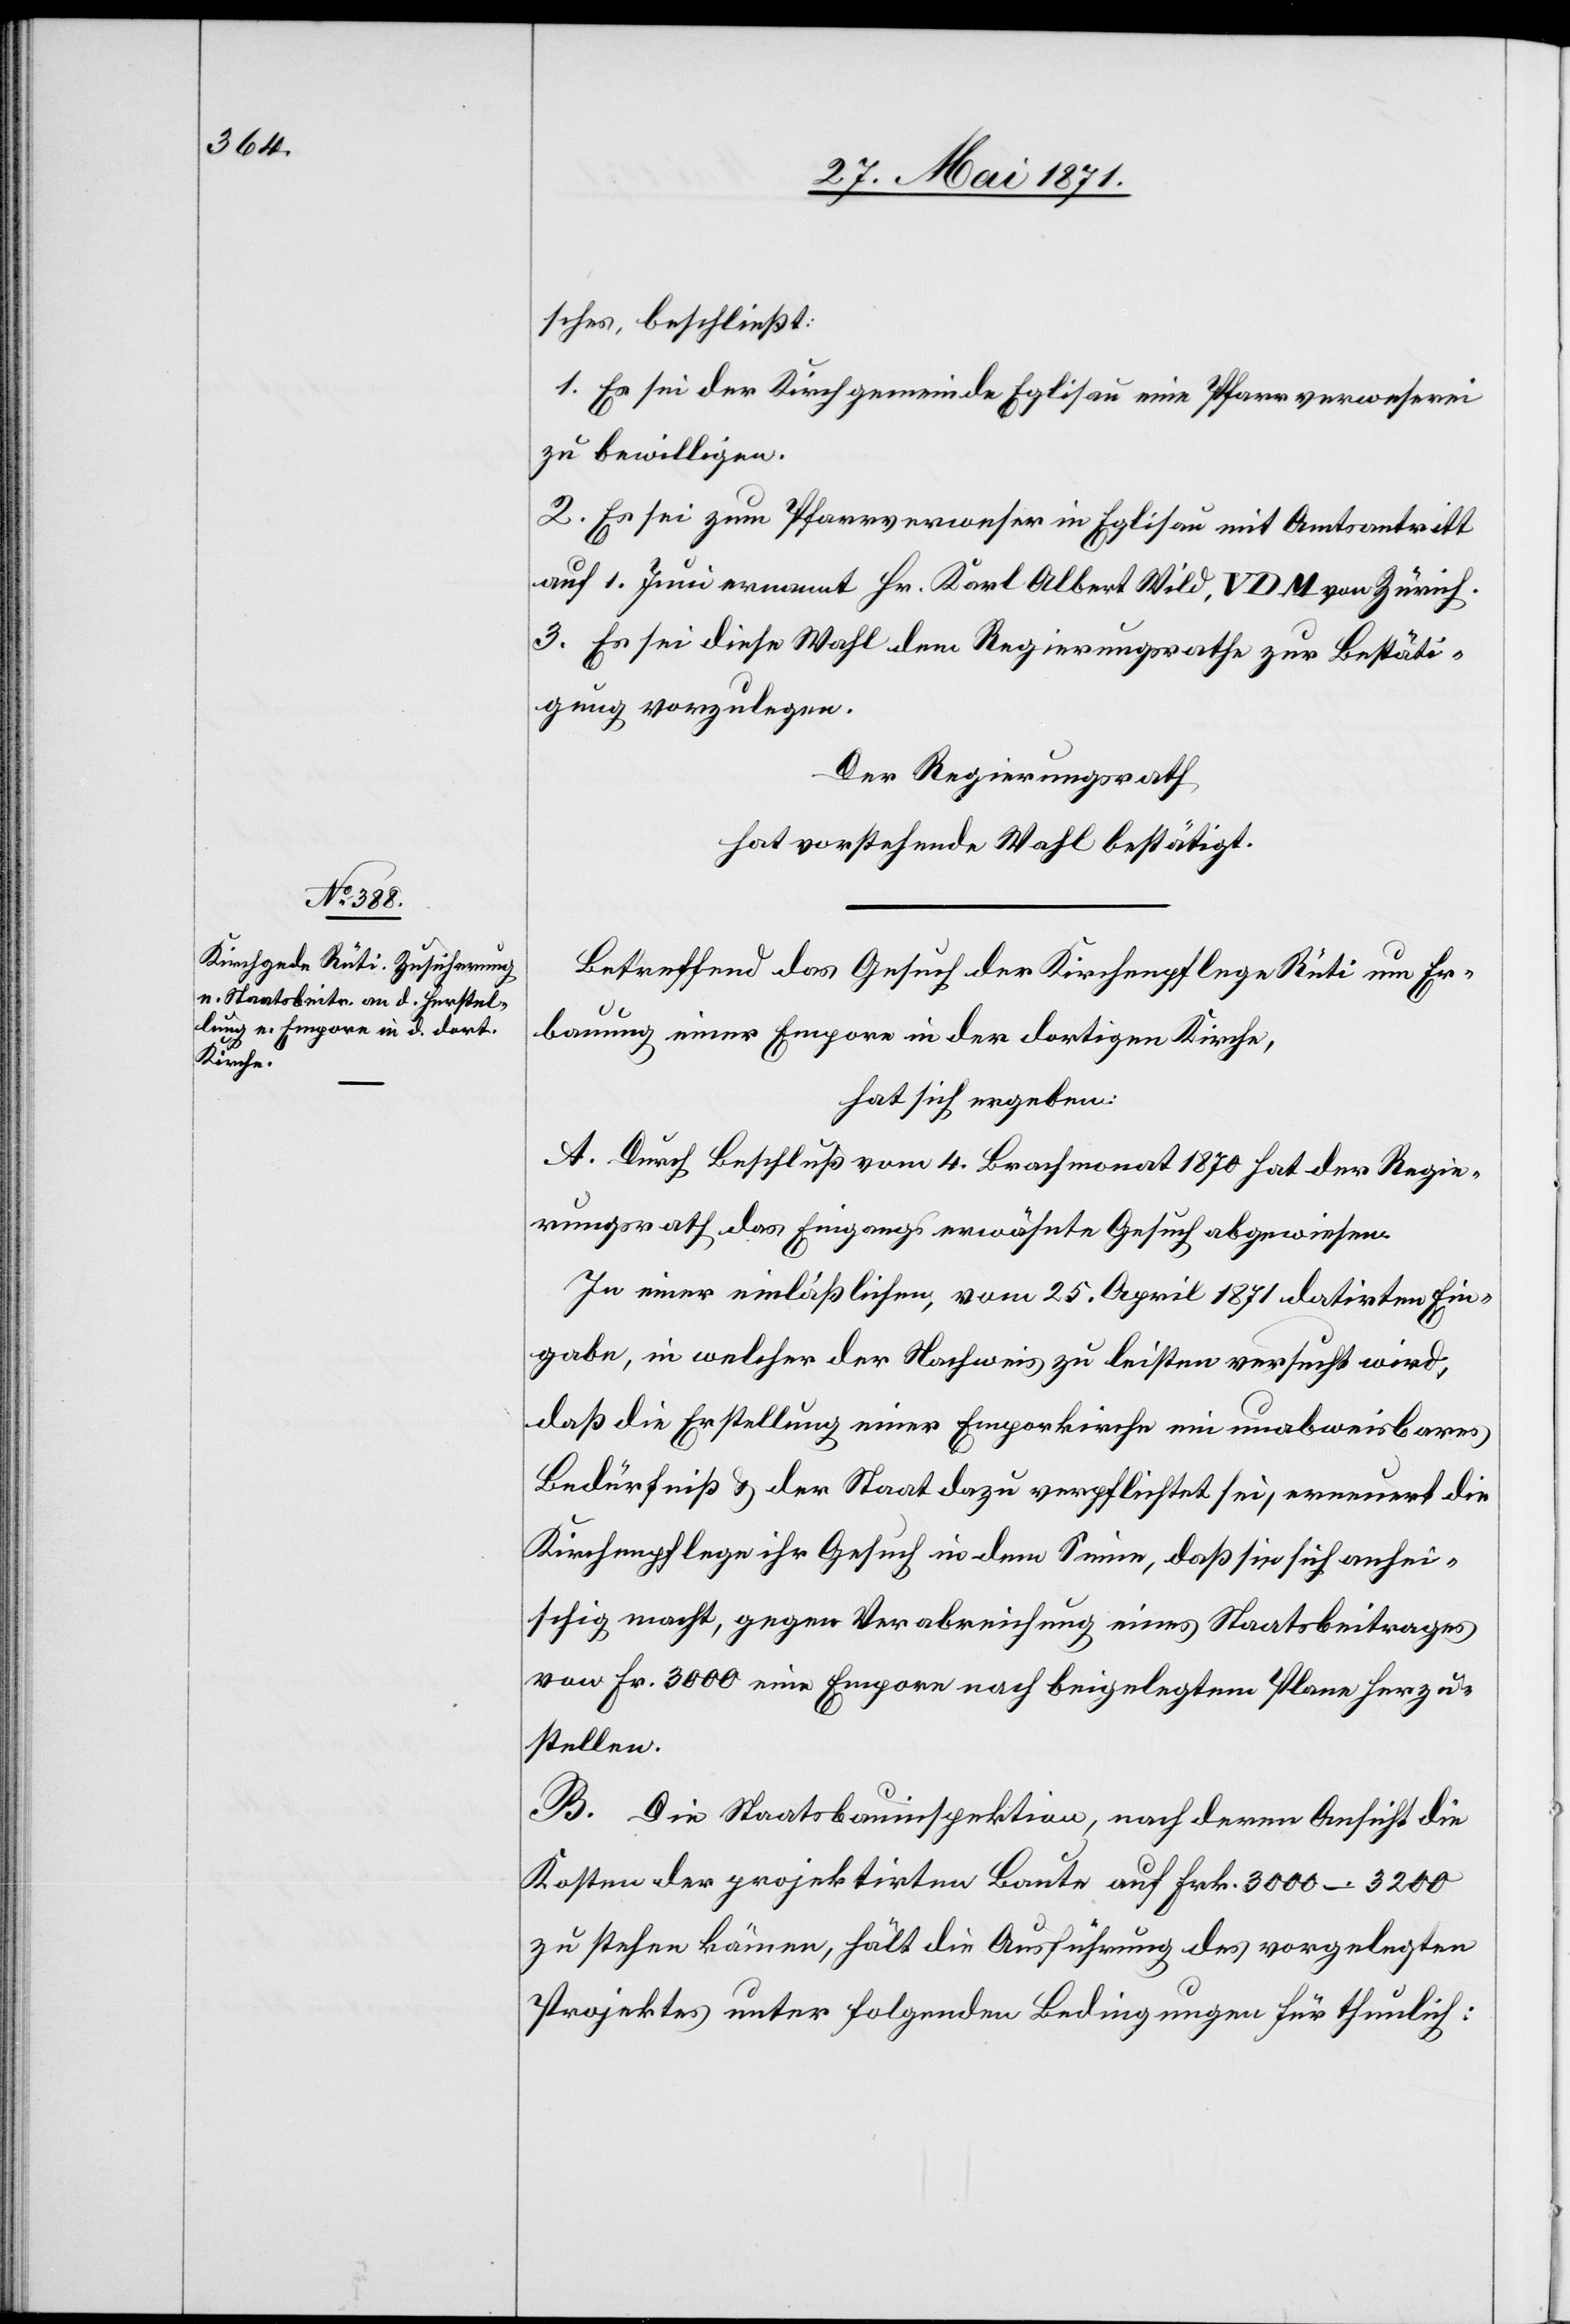
sches, beschließt:
1. Es sei der Kirchgemeinde Eglisau eine Pfarrverweserei
zu bewilligen.
2. Es sei zum Pfarrverweser in Eglisau mit Amtsantritt
auf 1. Juni ernannt Hr. Karl Albert Wild, VDM von Zürich.
3. Es sei diese Wahl dem Regierungsrathe zur Bestäti¬
gung vorzulegen.
Der Regierungsrath,
hat vorstehende Wahl bestätigt.
Betreffend das Gesuch der Kirchenpflege Rüti um Er¬
bauung einer Empore in der dortigen Kirche,
hat sich ergeben:
A. Durch Beschluß vom 4. Brachmonat 1870 hat der Regie¬
rungsrath das Eingangs erwähnte Gesuch abgewiesen.
In einer einläßlichen, vom 25. April 1871 datirten Ein¬
gabe, in welcher der Nachweis zu leisten versucht wird,
daß die Erstellung einer Emporkirche ein unabweisbares
Bedürfniß u. der Staat dazu verpflichtet sei, erneuert die
Kirchenpflege ihr Gesuch in dem Sinne, daß sie sich anhei¬
schig macht, gegen Verabreichung eines Staatsbeitrages
von Fr. 3000 eine Empore nach beigelegtem Plane herzu¬
stellen.
B. Die Staatsbauinspektion, nach deren Ansicht die
Kosten der projektirten Baute auf Frk. 3000–3200
zu stehen kämen, hält die Ausführung des vorgelegten
Projektes unter folgenden Bedingungen für thunlich: